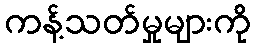
ကန့်သတ်မှုများကို